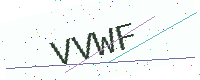
Text: VVWF